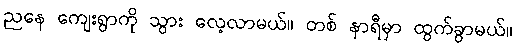
ညနေ ကျေးရွာကို သွား လေ့လာမယ်။ တစ် နာရီမှာ ထွက်ခွာမယ်။